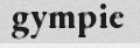
gympie